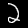
Label: 2